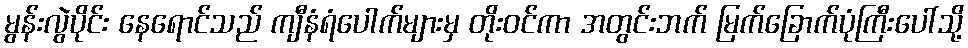
မွန်းလွဲပိုင်း နေရောင်သည် ကျီနံရံပေါက်များမှ တိုးဝင်ကာ အတွင်းဘက် မြက်ခြောက်ပုံကြီးပေါ်သို့